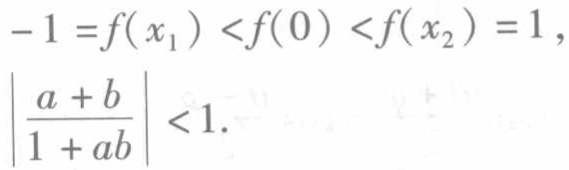
\[-1 = f(x_1) < f(0) < f(x_2) = 1,\\
\left|\frac{a + b}{1 + ab}\right| < 1.\]